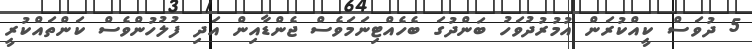
5 ދުވަސް ކީއްކުރަން އުމުރުދުވަހު ބަންދުގަ ބެހެއްޓިނަމަވެސް ޖެންޑާއިން އަދި ފުލުހުންވެސް ކަންތައްކުރީ